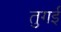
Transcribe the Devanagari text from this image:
तुगई